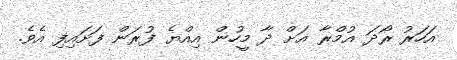
އަަހަރު ރޯދަ އުމްރާ އަށް ދާ މީހުން އިއްޔެ ފުރަން ފަށައިފި އެވެ.